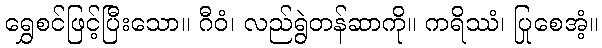
ရွှေစင်ဖြင့်ပြီးသော။ ဂီဝံ၊ လည်ရွဲတန်ဆာကို။ ကရိဿံ၊ ပြုစေအံ့။